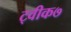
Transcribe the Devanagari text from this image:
ट्वीक७